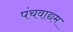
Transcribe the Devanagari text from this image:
पंचवाद्यम